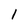
Character: l